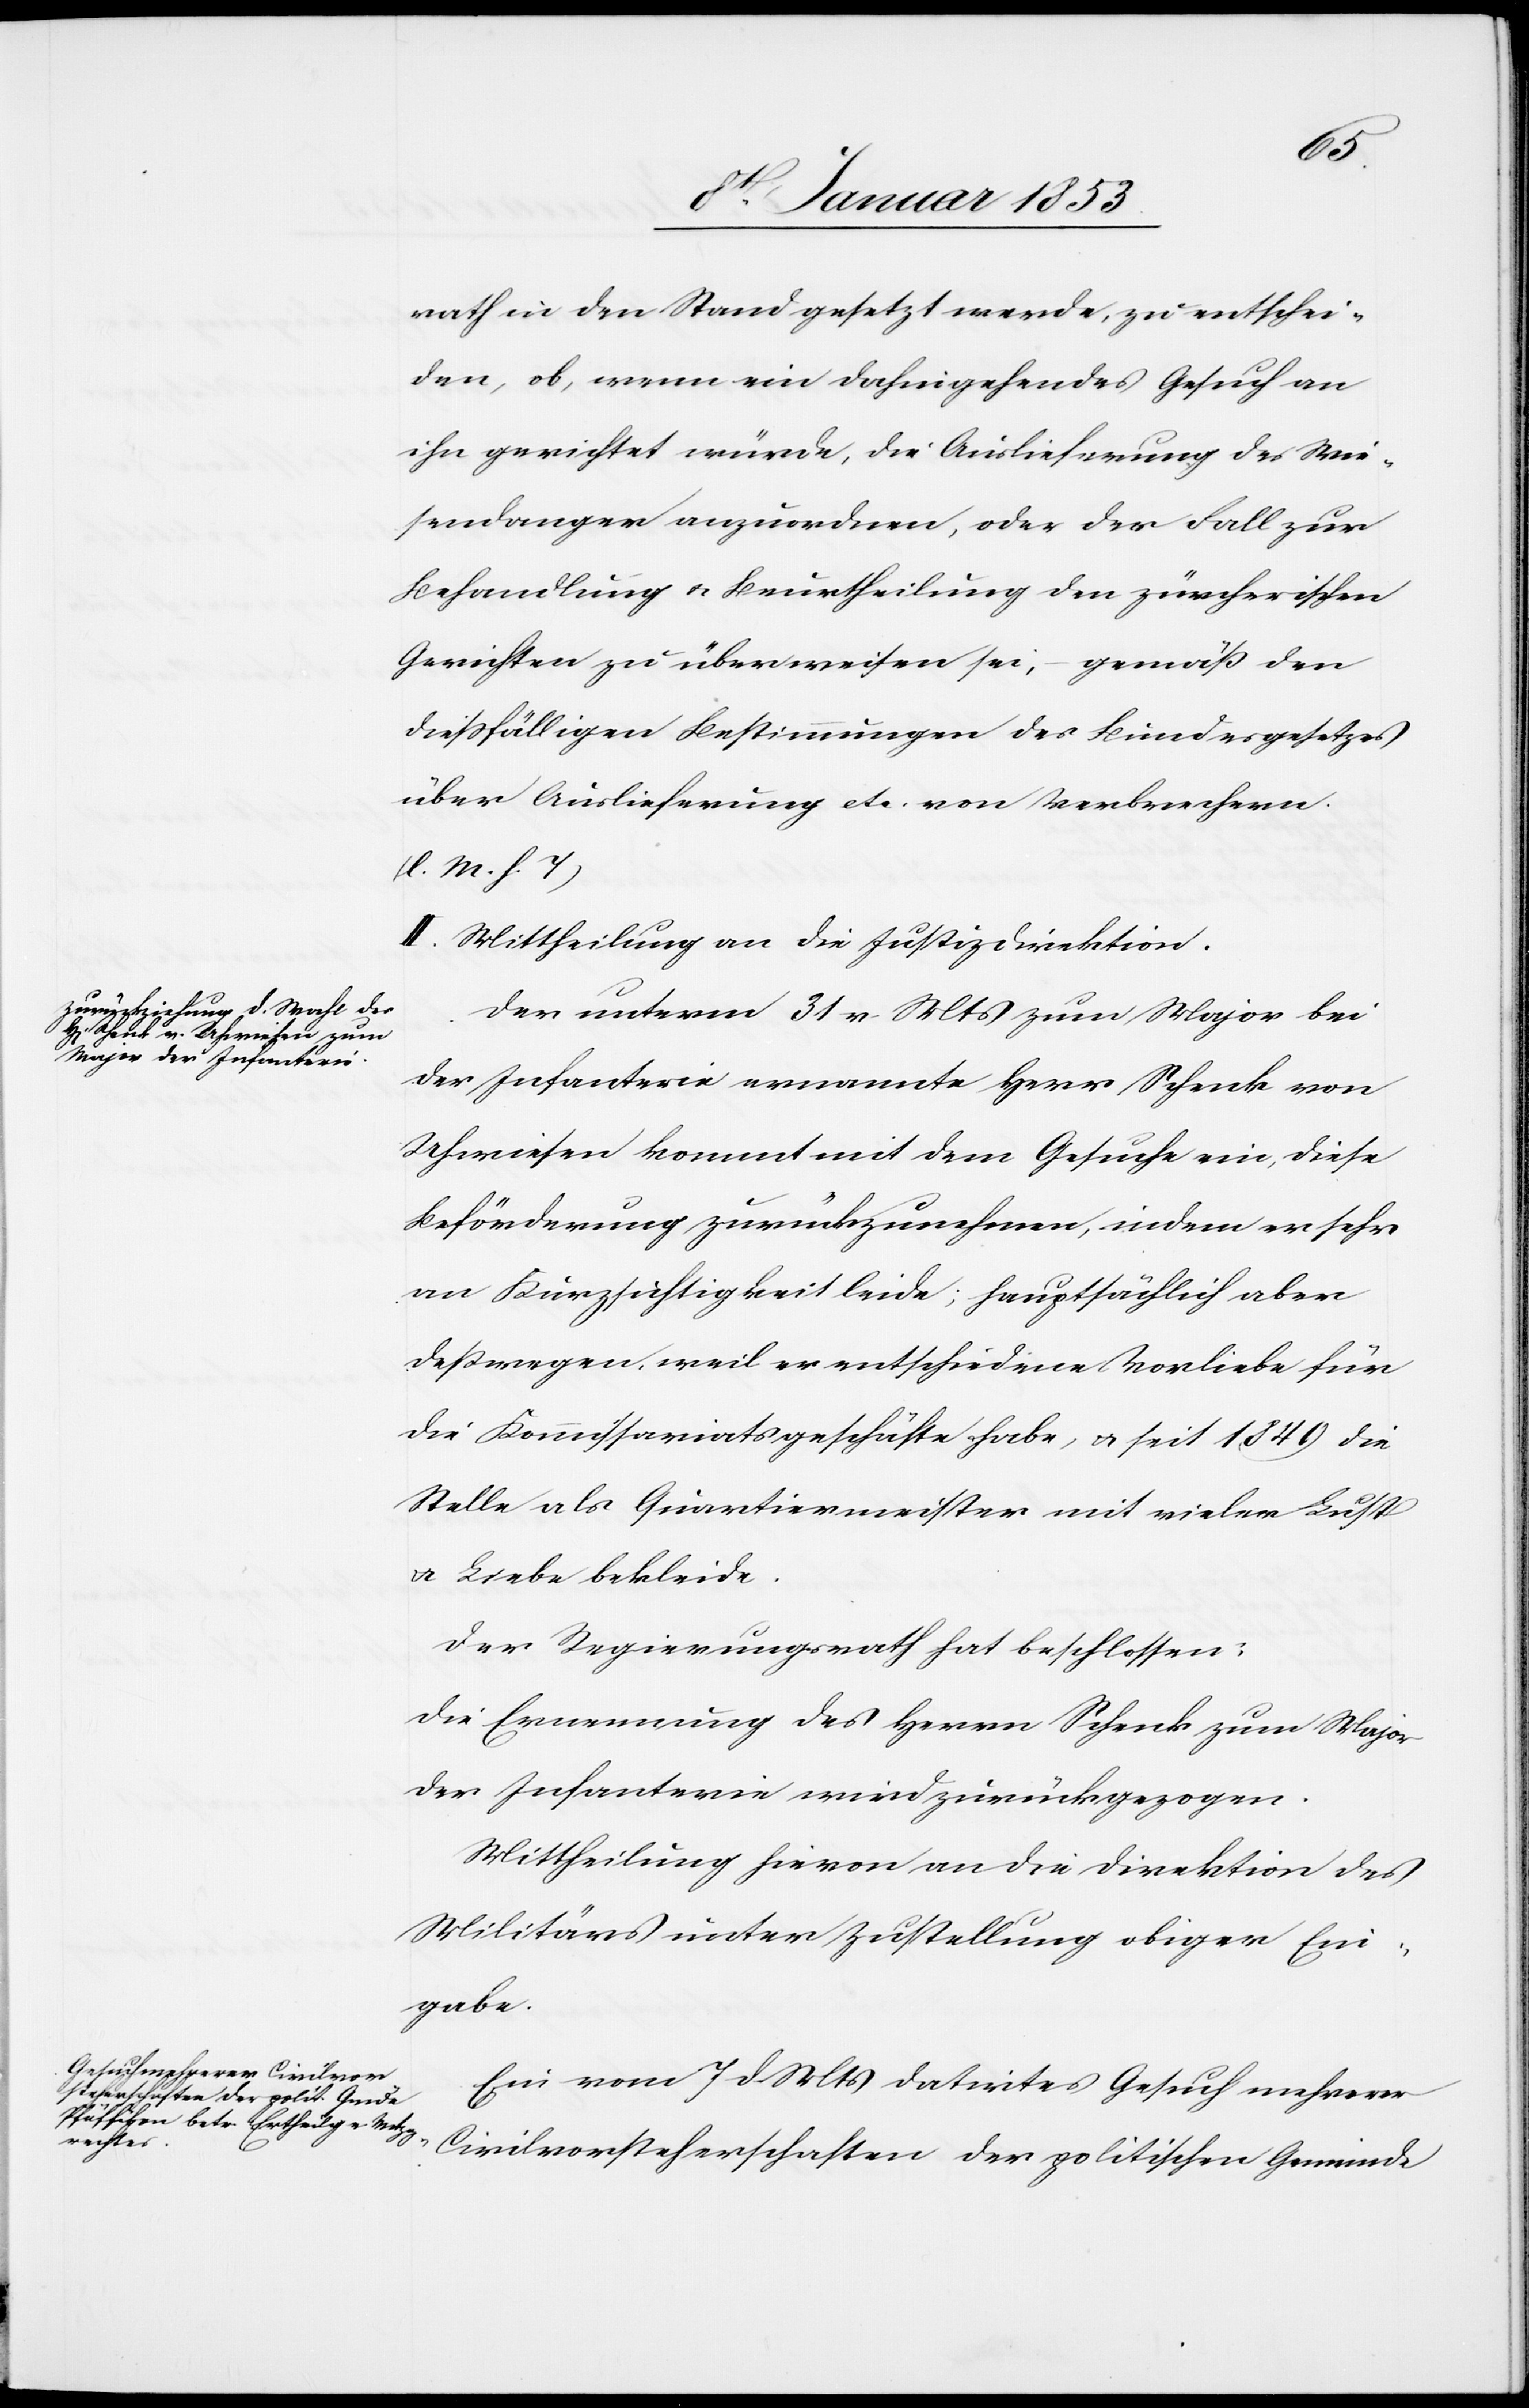
rath in den Stand gesetzt werde, zu entschei¬
den, ob wenn ein dahingehendes Gesuch an
ihn gerichtet würde, die Auslieferung des Wie¬
sendanger anzuordnen, oder der Fall zur
Behandlung u. Beurtheilung den zürcherischen
Gerichten zu überweisen sei, – gemäß den
diessfälligen Bestimmungen des Bundesgesetzes
über Auslieferung etc. von Verbrechern
[l. M. h. T]
II. Mittheilung an die Justizdirektion.
Der unterm 31 v. Mts. zum Major bei
der Infanterie ernannte Herr Schenk von
Uhwiesen kommt mit dem Gesuche ein, diese
Beförderung zurückzunehmen, indem er sehr
an Kurzsichtigkeit leide; hauptsächlich aber
deßwegen, weil er entschiedene Vorliebe für
die Kommissariatsgeschäfte habe, u. seit 1849 die
Stelle als Quartiermeister mit vieler Lust
u. Liebe bekleide.
Der Regierungsrath hat beschlossen:
Die Ernennung des Herrn Schenk zum Major
der Infanterie wird zurückgezogen.
Mittheilung hievon an die Direktion des
Militäres unter Zustellung obiger Ein¬
gabe.
Ein vom 7 d. Mts. datirtes Gesuch mehrerer
Civilvorsteherschaften der politischen Gemeinde